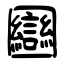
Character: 圝